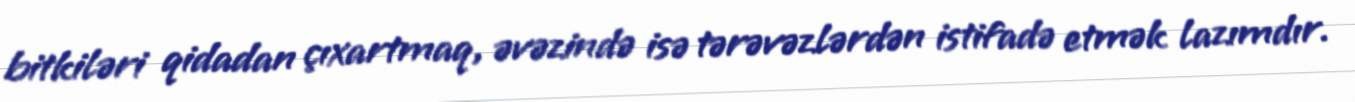
bitkiləri qidadan çıxartmaq, əvəzində isə tərəvəzlərdən istifadə etmək lazımdır.